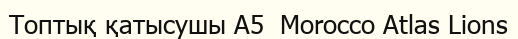
Топтық қатысушы A5  Morocco Atlas Lions